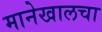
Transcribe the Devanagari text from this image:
मानेखालचा